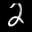
Label: 2